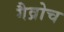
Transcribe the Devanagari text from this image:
गैव्रोच